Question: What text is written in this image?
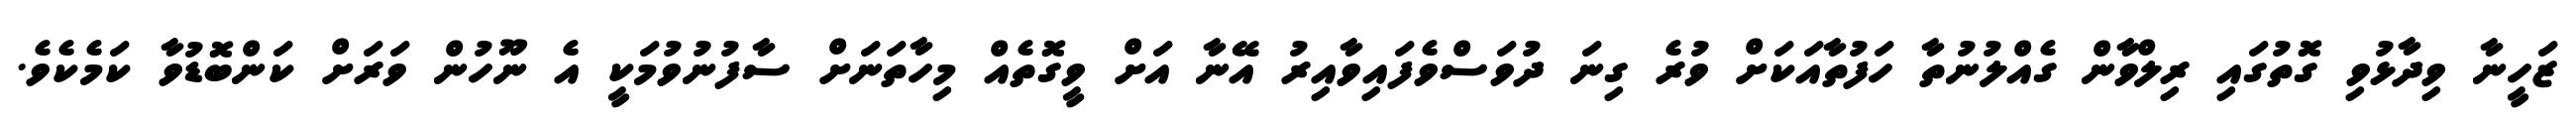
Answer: ޒަހީނާ ވިދާޅުވި ގޮތުގައި ރިލްވާން ގެއްލުނުތާ ހަފުތާއަކަށް ވުރެ ގިނަ ދުވަސްވެފައިވާއިރު އޭނާ އަށް ވީގޮތެއް މިހާތަނަށް ސާފުނުވުމަކީ އެ ނޫހުން ވަރަށް ކަންބޮޑުވާ ކަމެކެވެ.